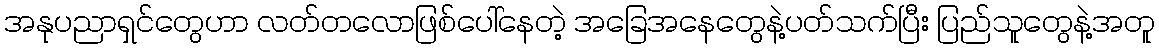
အနုပညာရှင်တွေဟာ လတ်တလောဖြစ်ပေါ်နေတဲ့ အခြေအနေတွေနဲ့ပတ်သက်ပြီး ပြည်သူတွေနဲ့အတူ